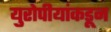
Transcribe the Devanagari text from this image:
युरोपीयांकडून